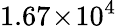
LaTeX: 1.67\! \times\! 10^{4}